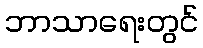
ဘာသာရေးတွင်